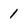
Character: 1